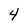
Character: 4